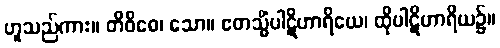
ဟူသည်ကား။ တိဝိဓေ၊ သော။ ဧတသ္မိံပါဋိဟာရိယေ၊ ထိုပါဋိဟာရိယ၌။